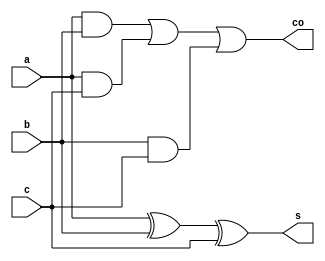
module onebitfulladder(s,co,a,b,c);
output s,co;
input a,b,c;
wire p,q,r,t;
xor x1(p,a,b);
xor x2(s,p,c);
and a1(q,a,b);
and a2(r,a,c);
and a3(t,b,c);
or o1(co,q,r,t);
endmodule